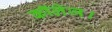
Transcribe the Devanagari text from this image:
कॉलेज।